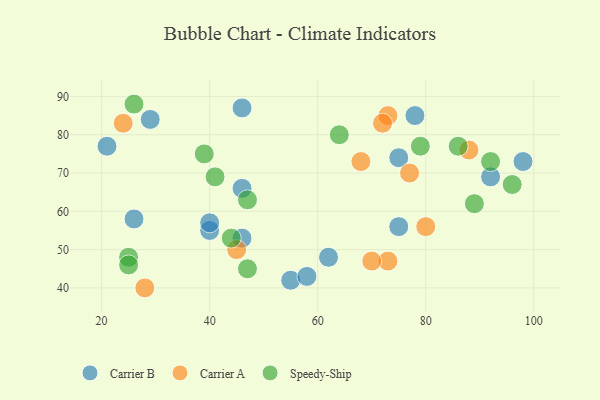
{"axis": {"x": "GDP", "y": "Life Expectancy"}, "legend": ["Carrier A", "Carrier B", "Speedy-Ship"], "data": [{"x": "40", "y": 55, "type": "Carrier B"}, {"x": "98", "y": 73, "type": "Carrier B"}, {"x": "21", "y": 77, "type": "Carrier B"}, {"x": "29", "y": 84, "type": "Carrier B"}, {"x": "46", "y": 87, "type": "Carrier B"}, {"x": "62", "y": 48, "type": "Carrier B"}, {"x": "46", "y": 53, "type": "Carrier B"}, {"x": "55", "y": 42, "type": "Carrier B"}, {"x": "58", "y": 43, "type": "Carrier B"}, {"x": "92", "y": 69, "type": "Carrier B"}, {"x": "40", "y": 57, "type": "Carrier B"}, {"x": "46", "y": 66, "type": "Carrier B"}, {"x": "75", "y": 56, "type": "Carrier B"}, {"x": "26", "y": 58, "type": "Carrier B"}, {"x": "75", "y": 74, "type": "Carrier B"}, {"x": "78", "y": 85, "type": "Carrier B"}, {"x": "28", "y": 40, "type": "Carrier A"}, {"x": "24", "y": 83, "type": "Carrier A"}, {"x": "73", "y": 85, "type": "Carrier A"}, {"x": "45", "y": 50, "type": "Carrier A"}, {"x": "88", "y": 76, "type": "Carrier A"}, {"x": "68", "y": 73, "type": "Carrier A"}, {"x": "73", "y": 47, "type": "Carrier A"}, {"x": "80", "y": 56, "type": "Carrier A"}, {"x": "70", "y": 47, "type": "Carrier A"}, {"x": "77", "y": 70, "type": "Carrier A"}, {"x": "72", "y": 83, "type": "Carrier A"}, {"x": "25", "y": 48, "type": "Speedy-Ship"}, {"x": "25", "y": 46, "type": "Speedy-Ship"}, {"x": "47", "y": 63, "type": "Speedy-Ship"}, {"x": "79", "y": 77, "type": "Speedy-Ship"}, {"x": "26", "y": 88, "type": "Speedy-Ship"}, {"x": "44", "y": 53, "type": "Speedy-Ship"}, {"x": "41", "y": 69, "type": "Speedy-Ship"}, {"x": "64", "y": 80, "type": "Speedy-Ship"}, {"x": "47", "y": 45, "type": "Speedy-Ship"}, {"x": "89", "y": 62, "type": "Speedy-Ship"}, {"x": "92", "y": 73, "type": "Speedy-Ship"}, {"x": "86", "y": 77, "type": "Speedy-Ship"}, {"x": "96", "y": 67, "type": "Speedy-Ship"}, {"x": "39", "y": 75, "type": "Speedy-Ship"}]}